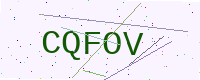
Text: CQFOV